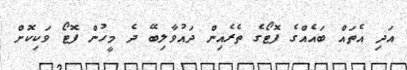
އަދި އެތައް ބައެއްގެ ފޮޓޯގެ ތެރެއިން ދައުވާލިބޭ ދެ މީހުން ފޮޓޯ ވަކިކޮށް